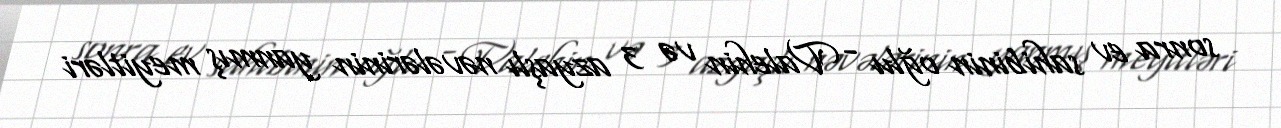
sonra ev sahibinin oğlu - Valehin və 3 azyaşlı nəvələrinin yanmış meyitləri